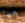
هيا